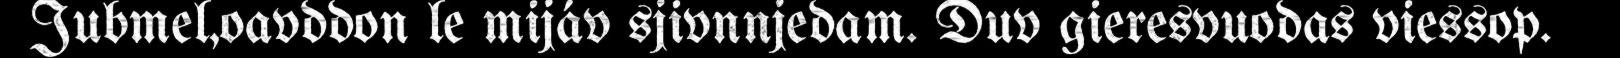
Jubmel,oavddon le mijáv sjivnnjedam. Duv gieresvuodas viessop.